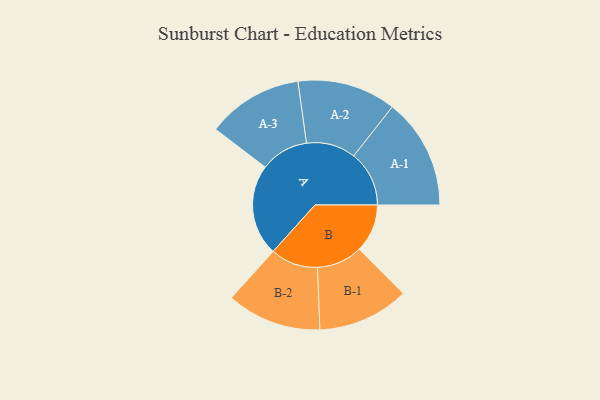
{"axis": {"x": "Segment", "y": "Value"}, "legend": ["", "A", "B"], "data": [{"x": "A", "y": 479, "type": ""}, {"x": "B", "y": 253, "type": ""}, {"x": "A-1", "y": 291, "type": "A"}, {"x": "A-2", "y": 259, "type": "A"}, {"x": "A-3", "y": 252, "type": "A"}, {"x": "B-1", "y": 240, "type": "B"}, {"x": "B-2", "y": 249, "type": "B"}]}